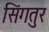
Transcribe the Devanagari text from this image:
सिंगतुर